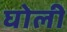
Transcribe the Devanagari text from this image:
घोली